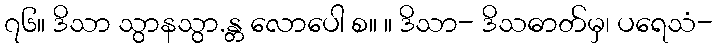
၇၆။ ဒိသာ သွာနသွာ.န္တ လောပေါ စ။ ။ ဒိသာ- ဒိသဓာတ်မှ၊ ပရေသံ-